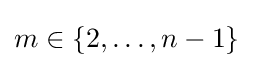
m\in \{2,\dots ,n-1\}